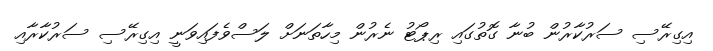
އިގިރޭސި ސަރުކާރުން ބުނާ ގޮތުގައި ރިޕޯޓު ނެރުން މިހާތަނަށް ލަސްވެފައިވަނީ އިގިރޭސި ސަރުކާރާއި